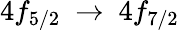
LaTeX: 4f_{5/2}\ \rightarrow\ 4f_{7/2}